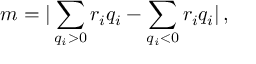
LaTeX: m = | \sum _ { q _ { i } > 0 } r _ { i } q _ { i } - \sum _ { q _ { i } < 0 } r _ { i } q _ { i } | \, ,